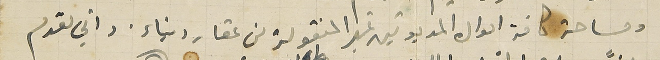
ومساحة كافة اموال المديونين غير المنقولة من عقار وبناء. واني مقدم